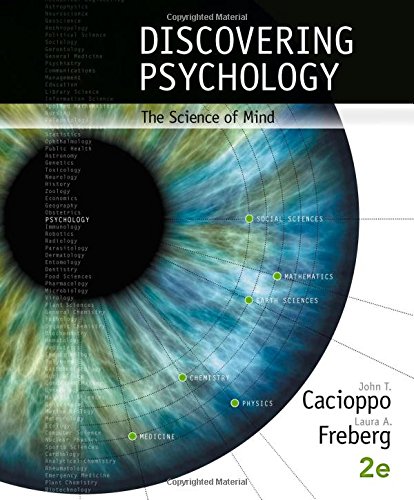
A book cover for Discovering Psychology: The Science of Mind; John Cacioppo; Health, Fitness & Dieting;